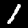
Digit: 1